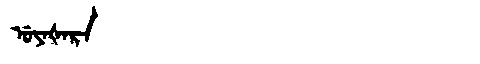
Manchu: ᡠᠶᠠᡧᠠᡵᠠ
Romanization: UYAŠARA